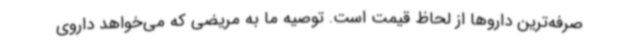
صرفه‌ترین داروها از لحاظ قیمت است. توصیه ما به مریضی که می‌خواهد داروی